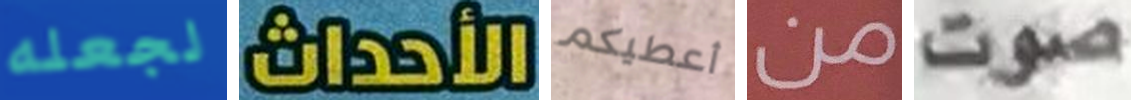
لجعله الأحداث أعطيكم من صوت